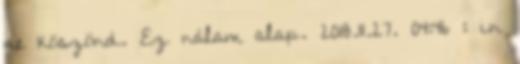
ne köszönd. Ez nálam alap. 2018.11.27. 04:46 : in